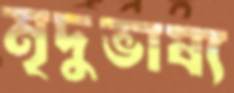
মৃদুভাষ্য